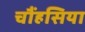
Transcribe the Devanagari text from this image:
चौंहसिया